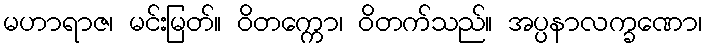
မဟာရာဇ၊ မင်းမြတ်။ ဝိတက္ကော၊ ဝိတက်သည်။ အပ္ပနာလက္ခဏော၊